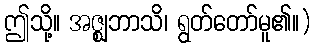
ဤသို့။ အဇ္ဈဘာသိ၊ ရွတ်တော်မူ၏။)